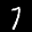
Label: 7